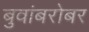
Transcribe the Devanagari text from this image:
बुवांबरोबर